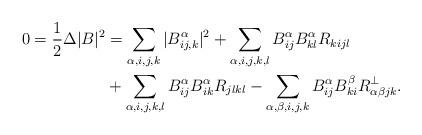
LaTeX: \begin{align*}0=\frac{1}{2}\Delta|B|^2&=\sum_{\alpha,i,j,k}|B^{\alpha}_{ij,k}|^2+\sum_{\alpha,i,j,k,l}B^{\alpha}_{ij}B^{\alpha}_{kl}R_{kijl}\\&+\sum_{\alpha,i,j,k,l}B^{\alpha}_{ij}B^{\alpha}_{ik}R_{jlkl}-\sum_{\alpha,\beta,i,j,k}B^{\alpha}_{ij}B^{\beta}_{ki}R^{\bot}_{\alpha\beta jk}.\end{align*}